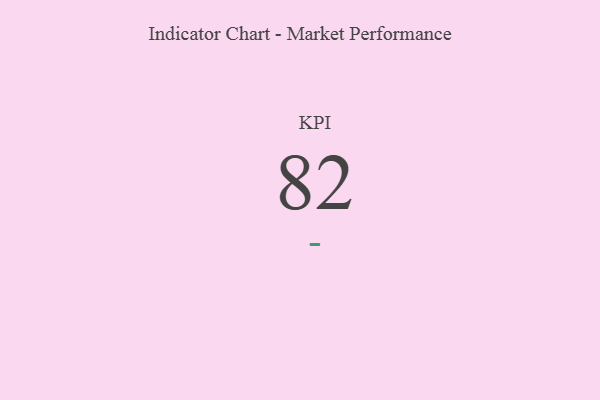
{"axis": {"x": "KPI", "y": "Value"}, "legend": [""], "data": [{"x": "KPI", "y": 82, "type": ""}]}